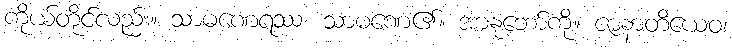
ကိုယ်တိုင်လည်း။ သာမဏေရဿ၊ သာမဏေ၏။ အာနုဘော်ကို။ ဇာနာတိယေဝ၊